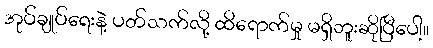
အုပ်ချုပ်ရေးနဲ့ ပတ်သက်လို့ ထိရောက်မှု မရှိဘူးဆိုပြီပေါ့။